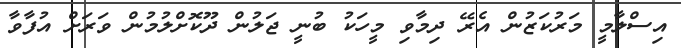
އިސްލާމީ މަރުކަޒުން އެރޭ ދިމާވި މީހަކު ބުނީ ޖަލުން ދޫކޮށްލުމުން ވަރަށް އުފާވާ